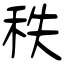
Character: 秩